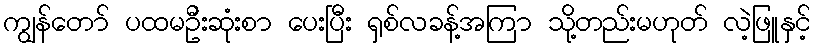
ကျွန်တော် ပထမဦးဆုံးစာ ပေးပြီး ရှစ်လခန့်အကြာ သို့တည်းမဟုတ် လဲ့ဖြူနှင့်